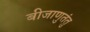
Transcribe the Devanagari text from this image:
बीजाणुतंतु